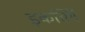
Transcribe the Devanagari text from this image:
इकसिंगें